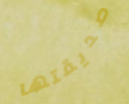
صديقتها